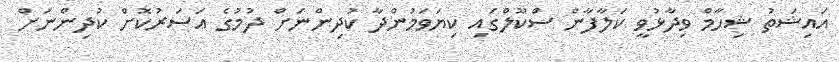
އައިޝަތު ޝިހާމް ވިދާޅުވީ ކަލާފާން ސްކޫލްގައި ކިޔަވަމުންދާ ކުދިންނަށް ދުމުގެ އަސަރުކޮށް ކުދިންނަށް